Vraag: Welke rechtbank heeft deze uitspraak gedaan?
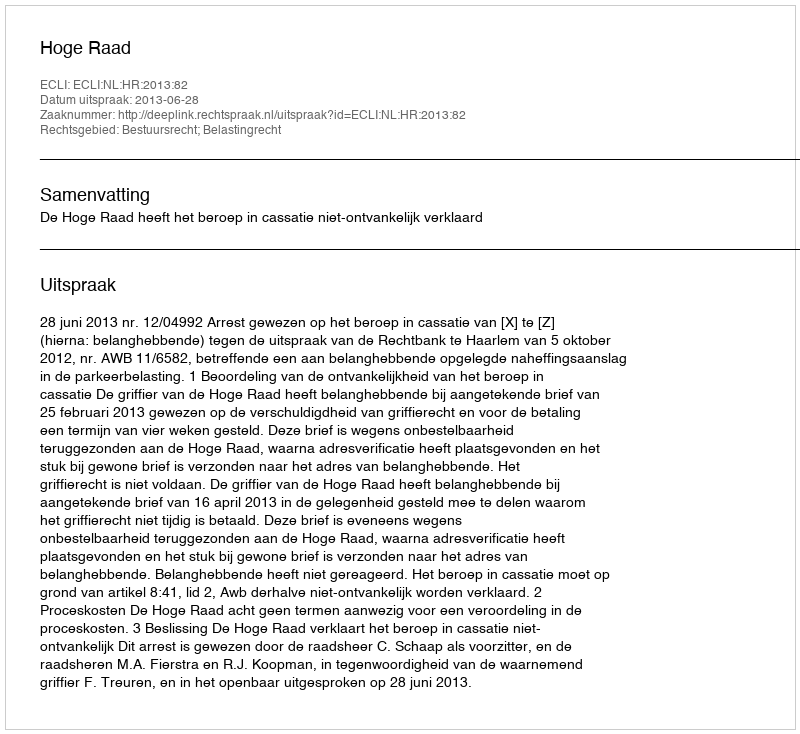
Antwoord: Hoge Raad